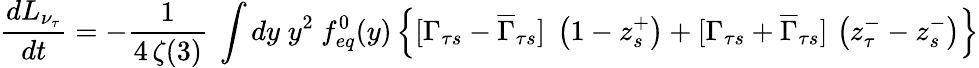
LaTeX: {\frac{dL_{\nu_{\tau}}}{dt}}=-{\frac{1}{4\, \zeta(3)}}~\int dy\; y^{2}~f_{eq}^{0}(y)\left\{ [\Gamma_{\tau s}-\overline{{{\Gamma}}}_{\tau s}]\; \left(1-z_{s}^{+}\right)+[\Gamma_{\tau s}+\overline{{{\Gamma}}}_{\tau s}]\, \left(z_{\tau}^{-}-z_{s}^{-}\right)\right\}